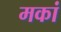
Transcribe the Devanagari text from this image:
मकां